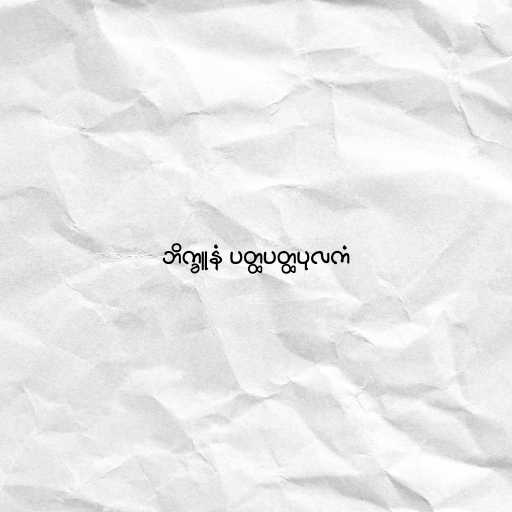
ဘိက္ခူနံ ပတ္ထပတ္ထပုလကံ